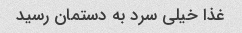
غذا خیلى سرد به دستمان رسید